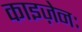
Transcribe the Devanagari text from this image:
काइज़ेनः